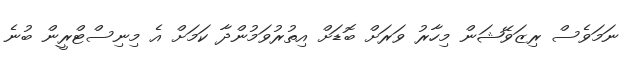
ނަމަވެސް ރިޒަވޭޝަން މިހާރު ވަރަށް ބޮޑަށް އިތުރުވަމުންދާ ކަމަށް އެ މިނިސްޓްރީން ބުނެ